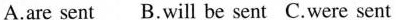
A.are sent B.will be sent C.were sent